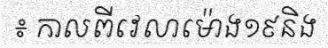
៖ កាលពីវេលាម៉ោង១៩និង